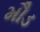
મૌડ